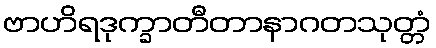
ဗာဟိရဒုက္ခာတီတာနာဂတသုတ္တံ